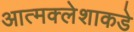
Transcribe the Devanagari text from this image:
आत्मक्लेशाकडे